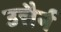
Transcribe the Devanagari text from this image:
उत्तैर्न